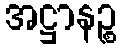
အဋ္ဌာနဉ္စ